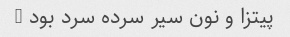
پیتزا و نون سیر سرده سرد بود …